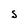
Character: S